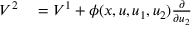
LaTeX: \begin{array} { r l } { V ^ { 2 } } & { { } = V ^ { 1 } + \phi ( x , u , u _ { 1 } , u _ { 2 } ) { \frac { \partial } { \partial u _ { 2 } } } } \end{array}